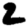
Digit: 2